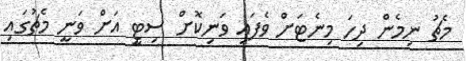
މެޗު ނިމެން ދިހަ މިނެޓަށް ވެފައި ވަނިކޮށް ސިޓީ އަށް ވަނީ މެޗުގައި